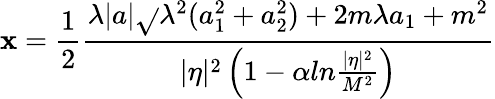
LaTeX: \mathbf{x}=\frac{{1}}{{2}}\frac{{\lambda|a|\sqrt{}{{\lambda^{2}(a_{1}^{2}+a_{2}^{2})+2m{\lambda}a_{1}+m^{2}}}}}{{|\eta|^{2}\left(1-\alpha{ln}\frac{{|\eta|^{2}}}{{M^{2}}}\right)}}